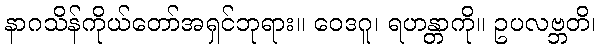
နာဂသိန်ကိုယ်တော်အရှင်ဘုရား။ ဝေဒဂူ၊ ရဟန္တာကို။ ဥပလဗ္ဘတိ၊